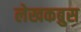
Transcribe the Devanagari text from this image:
लेखकब्रुस